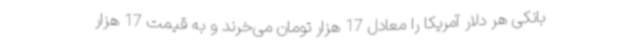
بانکی هر دلار آمریکا را معادل 17 هزار تومان می‌خرند و به قیمت 17 هزار